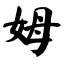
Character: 姆